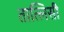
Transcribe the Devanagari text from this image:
तात्लिसी